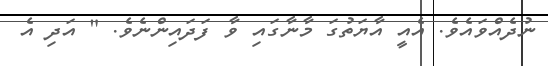
ނުދެއްވައެވެ. އެއީ އާޔަތުގަ މާނާގައި ވާ ފަދައިންނެވެ. " އަދި އެ